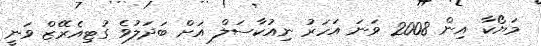
މަޔޯކާ އިން 2008 ވަނަ އަހަރު ނިއުކާސަލް އަށް ބަދަލުވެ ގުޓިއެރޭޒް ވަނީ